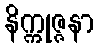
နိက္ကုဇ္ဇနာ